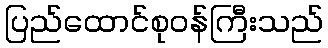
ပြည်ထောင်စုဝန်ကြီးသည်